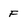
Character: F